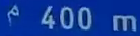
400m